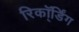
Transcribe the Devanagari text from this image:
रिकॉ्र्डिंग